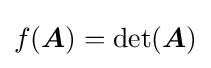
f({\boldsymbol {A}})=\det({\boldsymbol {A}})